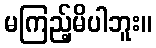
မကြည့်မိပါဘူး။